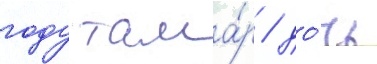
году тама́р / до́чь